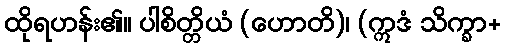
ထိုရဟန်း၏။ ပါစိတ္တိယံ (ဟောတိ)၊ (ဣဒံ သိက္ခာ+